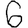
Digit: 6